Triennial report on the lunatic asylums in the province of Eastern Bengal and Assam - 1903-1911
Year: 1903
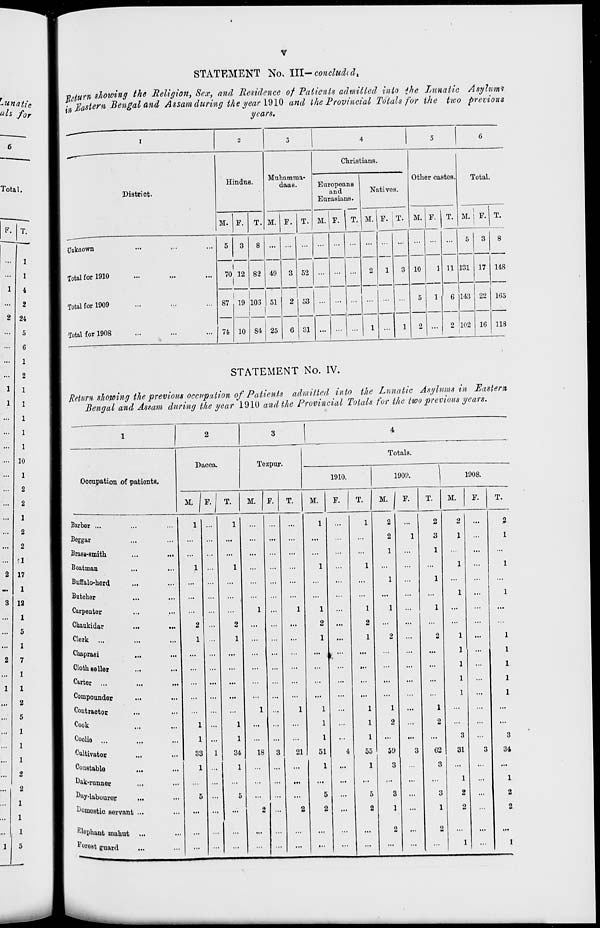
v
STATEMENT No. III-concluded.
Return showing the Religion, Sex, and Residence of Patients admitted into the Lunatic Asylums
in Eastern Bengal and Assam during the year1910 and the Provincial Totals for the two previous
years.
1
District.
Unknown ... ... ...
Total for 1910 ... ... ...
Total for 1909 ... ... ...
Total for 1908 ... ... ...
2
Hindus.
M.
5
70
87
74
F.
3
12
19
10
T.
8
82
106
84
3
Muhamma-
dans.
M.
...
49
51
25
F.
...
3
2
6
T.
...
52
53
31
4
Christians.
Europeans
and
Eurasians.
M.
...
...
...
...
F.
...
...
...
...
T.
...
...
...
...
Natives.
M.
...
2
...
1
F.
...
1
...
...
T.
...
3
...
1
5
Other castes.
M.
...
10
5
2
F.
...
1
1
...
T.
...
11
6
2
6
Total.
M.
5
131
143
102
F.
3
17
22
16
T.
8
148
165
118
STATEMENT No. IV.
Return showing the previous occupation of Patients admitted into the Lunatic Asylums in Eastern
Bengal and Assam during the year 1910 and the Provincial Totals for the two previous years.
1
Occupation of patients.
Barber ... ... ...
Beggar ... ...
Brass-smith ... ...
Boatman ... ...
Buffalo-herd ... ...
Butcher ... ...
Carpenter ... ...
Chaukidar ... ...
Clerk ... ... ...
Chaprasi ... ...
Cloth seller ... ...
Carter
...
...
...
Compounder ... ...
Contractor ... ...
Cook ... ...
Coolie ... ...
Cultivator ... ...
Constable... ...
Dak-runner... ...
Day-labourer... ...
Domestic servant ... ...
Elephant mahut ... ...
Forest guard ... ...
2
Dacca.
M.
1
...
...
1
...
...
...
2
1
...
...
...
...
...
1
1
33
1
...
5
...
...
...
F.
...
...
...
...
...
...
...
...
...
...
...
...
...
...
...
...
1
...
...
...
...
...
...
T.
1
...
...
1
...
...
...
2
1
...
...
...
...
...
1
1
34
1
...
5
...
...
...
3
Tezpur.
M.
...
...
...
...
...
...
1
...
...
...
...
...
...
1
...
...
18
...
...
...
2
...
...
F.
...
...
...
...
...
...
...
...
...
...
...
...
...
...
...
...
3
...
...
...
...
...
...
T.
...
...
...
...
...
...
1
...
...
...
...
...
...
1
...
...
21
...
...
...
2
...
...
4
Totals.
1910.
M.
1
...
...
1
...
...
1
2
1
...
...
...
...
1
1
1
51
1
...
5
2
...
...
F.
...
...
...
...
...
...
...
...
...
...
...
...
...
...
...
...
4
...
...
...
...
...
...
T.
1
...
...
1
...
...
1
2
1
...
...
...
...
1
1
1
55
1
...
5
2
...
...
1909.
M.
2
2
1
...
1
...
1
...
2
...
...
...
...
1
2
...
59
3
...
3
1
2
...
F.
...
1
...
...
...
...
...
...
...
...
...
...
...
...
...
...
3
...
...
...
...
...
...
T.
2
3
1
...
1
...
1
...
2
...
...
...
...
1
2
...
62
3
...
3
1
2
...
1908.
M.
2
1
...
1
...
1
...
...
1
1
1
1
1
...
...
3
31
...
1
2
2
...
1
F.
...
...
...
...
...
...
...
...
...
...
...
...
...
...
...
...
3
...
...
...
...
...
...
T.
2
1
...
1
...
1
...
...
1
1
1
1
1
...
...
3
34
...
1
2
2
...
1